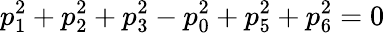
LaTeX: p_{1}^{2}+p_{2}^{2}+p_{3}^{2}-p_{0}^{2}+p_{5}^{2}+p_{6}^{2}=0